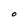
Character: O